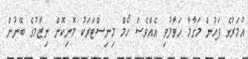
އުމަރުގެ ފަހުން މަގާމާ ހަވާލުވި އެއްވެސް ހޯމް މިނިސްޓަރަކު މޮނިކޮން ނިޒާމުގެ ބޭނުން